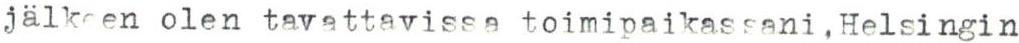
jälkeen olen tavattavissa toimipaikassani , Helsingin